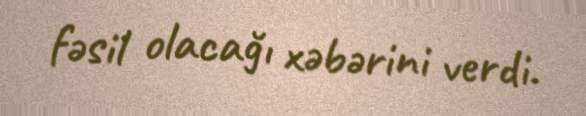
fəsil olacağı xəbərini verdi.